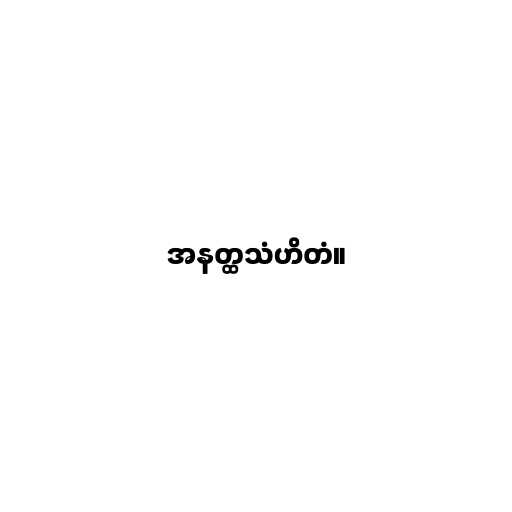
အနတ္ထသံဟိတံ။